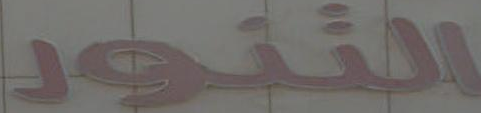
التنور